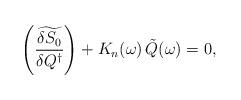
LaTeX: \begin{align*}\left(\widetilde{\frac{\delta S_0}{\delta Q^\dagger}}\right)+K_n(\omega)\,\tilde{Q}(\omega)=0,\end{align*}